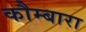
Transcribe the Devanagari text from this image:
कौम्बारा